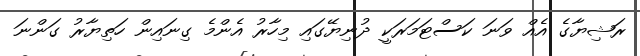
ރަޝިޔާގެ އެއް ވަނަ ކަސްޓަމަރަކީ ދުނިޔޭގައި މިހާރު އެންމެ ގިނައިން ހަތިޔާރު ގަންނަ